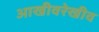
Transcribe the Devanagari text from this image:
आखीवरेखीव